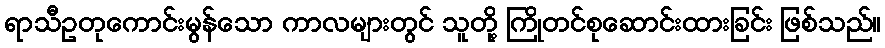
ရာသီဥတုကောင်းမွန်သော ကာလများတွင် သူတို့ ကြိုတင်စုဆောင်းထားခြင်း ဖြစ်သည်။